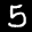
Label: 5